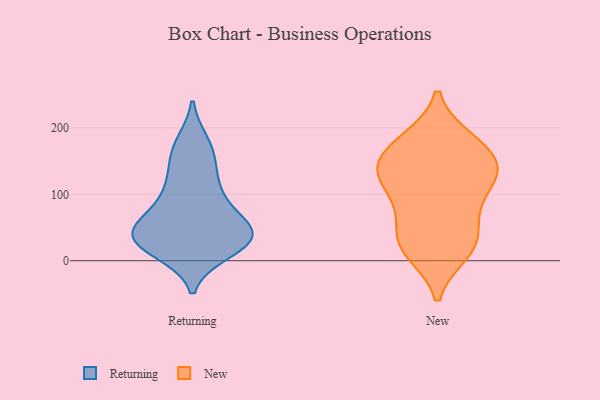
{"axis": {"x": "Latency (ms)", "y": "Value"}, "legend": ["New", "Returning"], "data": [{"x": "", "y": 52, "type": "Returning"}, {"x": "", "y": 36, "type": "Returning"}, {"x": "", "y": 48, "type": "Returning"}, {"x": "", "y": 120, "type": "Returning"}, {"x": "", "y": 36, "type": "Returning"}, {"x": "", "y": 23, "type": "Returning"}, {"x": "", "y": 36, "type": "Returning"}, {"x": "", "y": 99, "type": "Returning"}, {"x": "", "y": 28, "type": "Returning"}, {"x": "", "y": 30, "type": "Returning"}, {"x": "", "y": 48, "type": "Returning"}, {"x": "", "y": 168, "type": "Returning"}, {"x": "", "y": 15, "type": "Returning"}, {"x": "", "y": 176, "type": "Returning"}, {"x": "", "y": 104, "type": "Returning"}, {"x": "", "y": 72, "type": "Returning"}, {"x": "", "y": 153, "type": "Returning"}, {"x": "", "y": 177, "type": "New"}, {"x": "", "y": 141, "type": "New"}, {"x": "", "y": 73, "type": "New"}, {"x": "", "y": 177, "type": "New"}, {"x": "", "y": 131, "type": "New"}, {"x": "", "y": 29, "type": "New"}, {"x": "", "y": 128, "type": "New"}, {"x": "", "y": 151, "type": "New"}, {"x": "", "y": 13, "type": "New"}, {"x": "", "y": 95, "type": "New"}, {"x": "", "y": 135, "type": "New"}, {"x": "", "y": 16, "type": "New"}, {"x": "", "y": 59, "type": "New"}, {"x": "", "y": 182, "type": "New"}, {"x": "", "y": 121, "type": "New"}, {"x": "", "y": 26, "type": "New"}]}